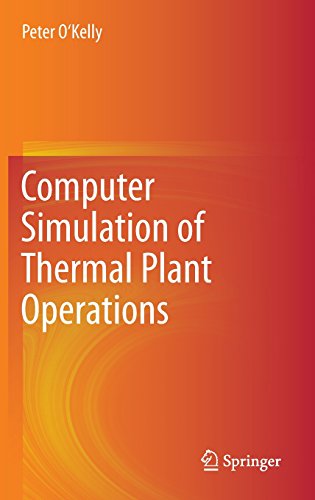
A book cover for Computer Simulation of Thermal Plant Operations; Peter O'Kelly; Computers & Technology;